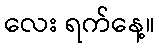
လေး ရက်နေ့။